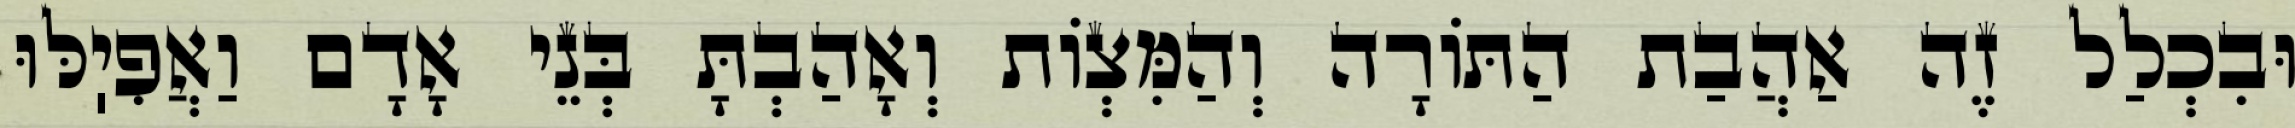
וּבִכְלַל זֶה אַהֲבַת הַתּוֹרָה וְהַמִּצְוֹת וְאָהַבְתָּ בְּנֵי אָדָם וַאֲפִיֽלּוּ